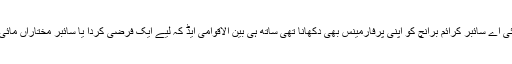
ایف آئی اے سائبر کرائم برانچ کو اپنی پرفارمینس بھی دکھانا تھی ساتھ ہی بین الاقوامی ایڈ کہ لیے ایک فرضی کردا یا سائبر مختاراں مائی بھی۔